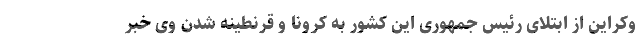
وکراین از ابتلای رئیس جمهوری این کشور به کرونا و قرنطینه شدن وی خبر